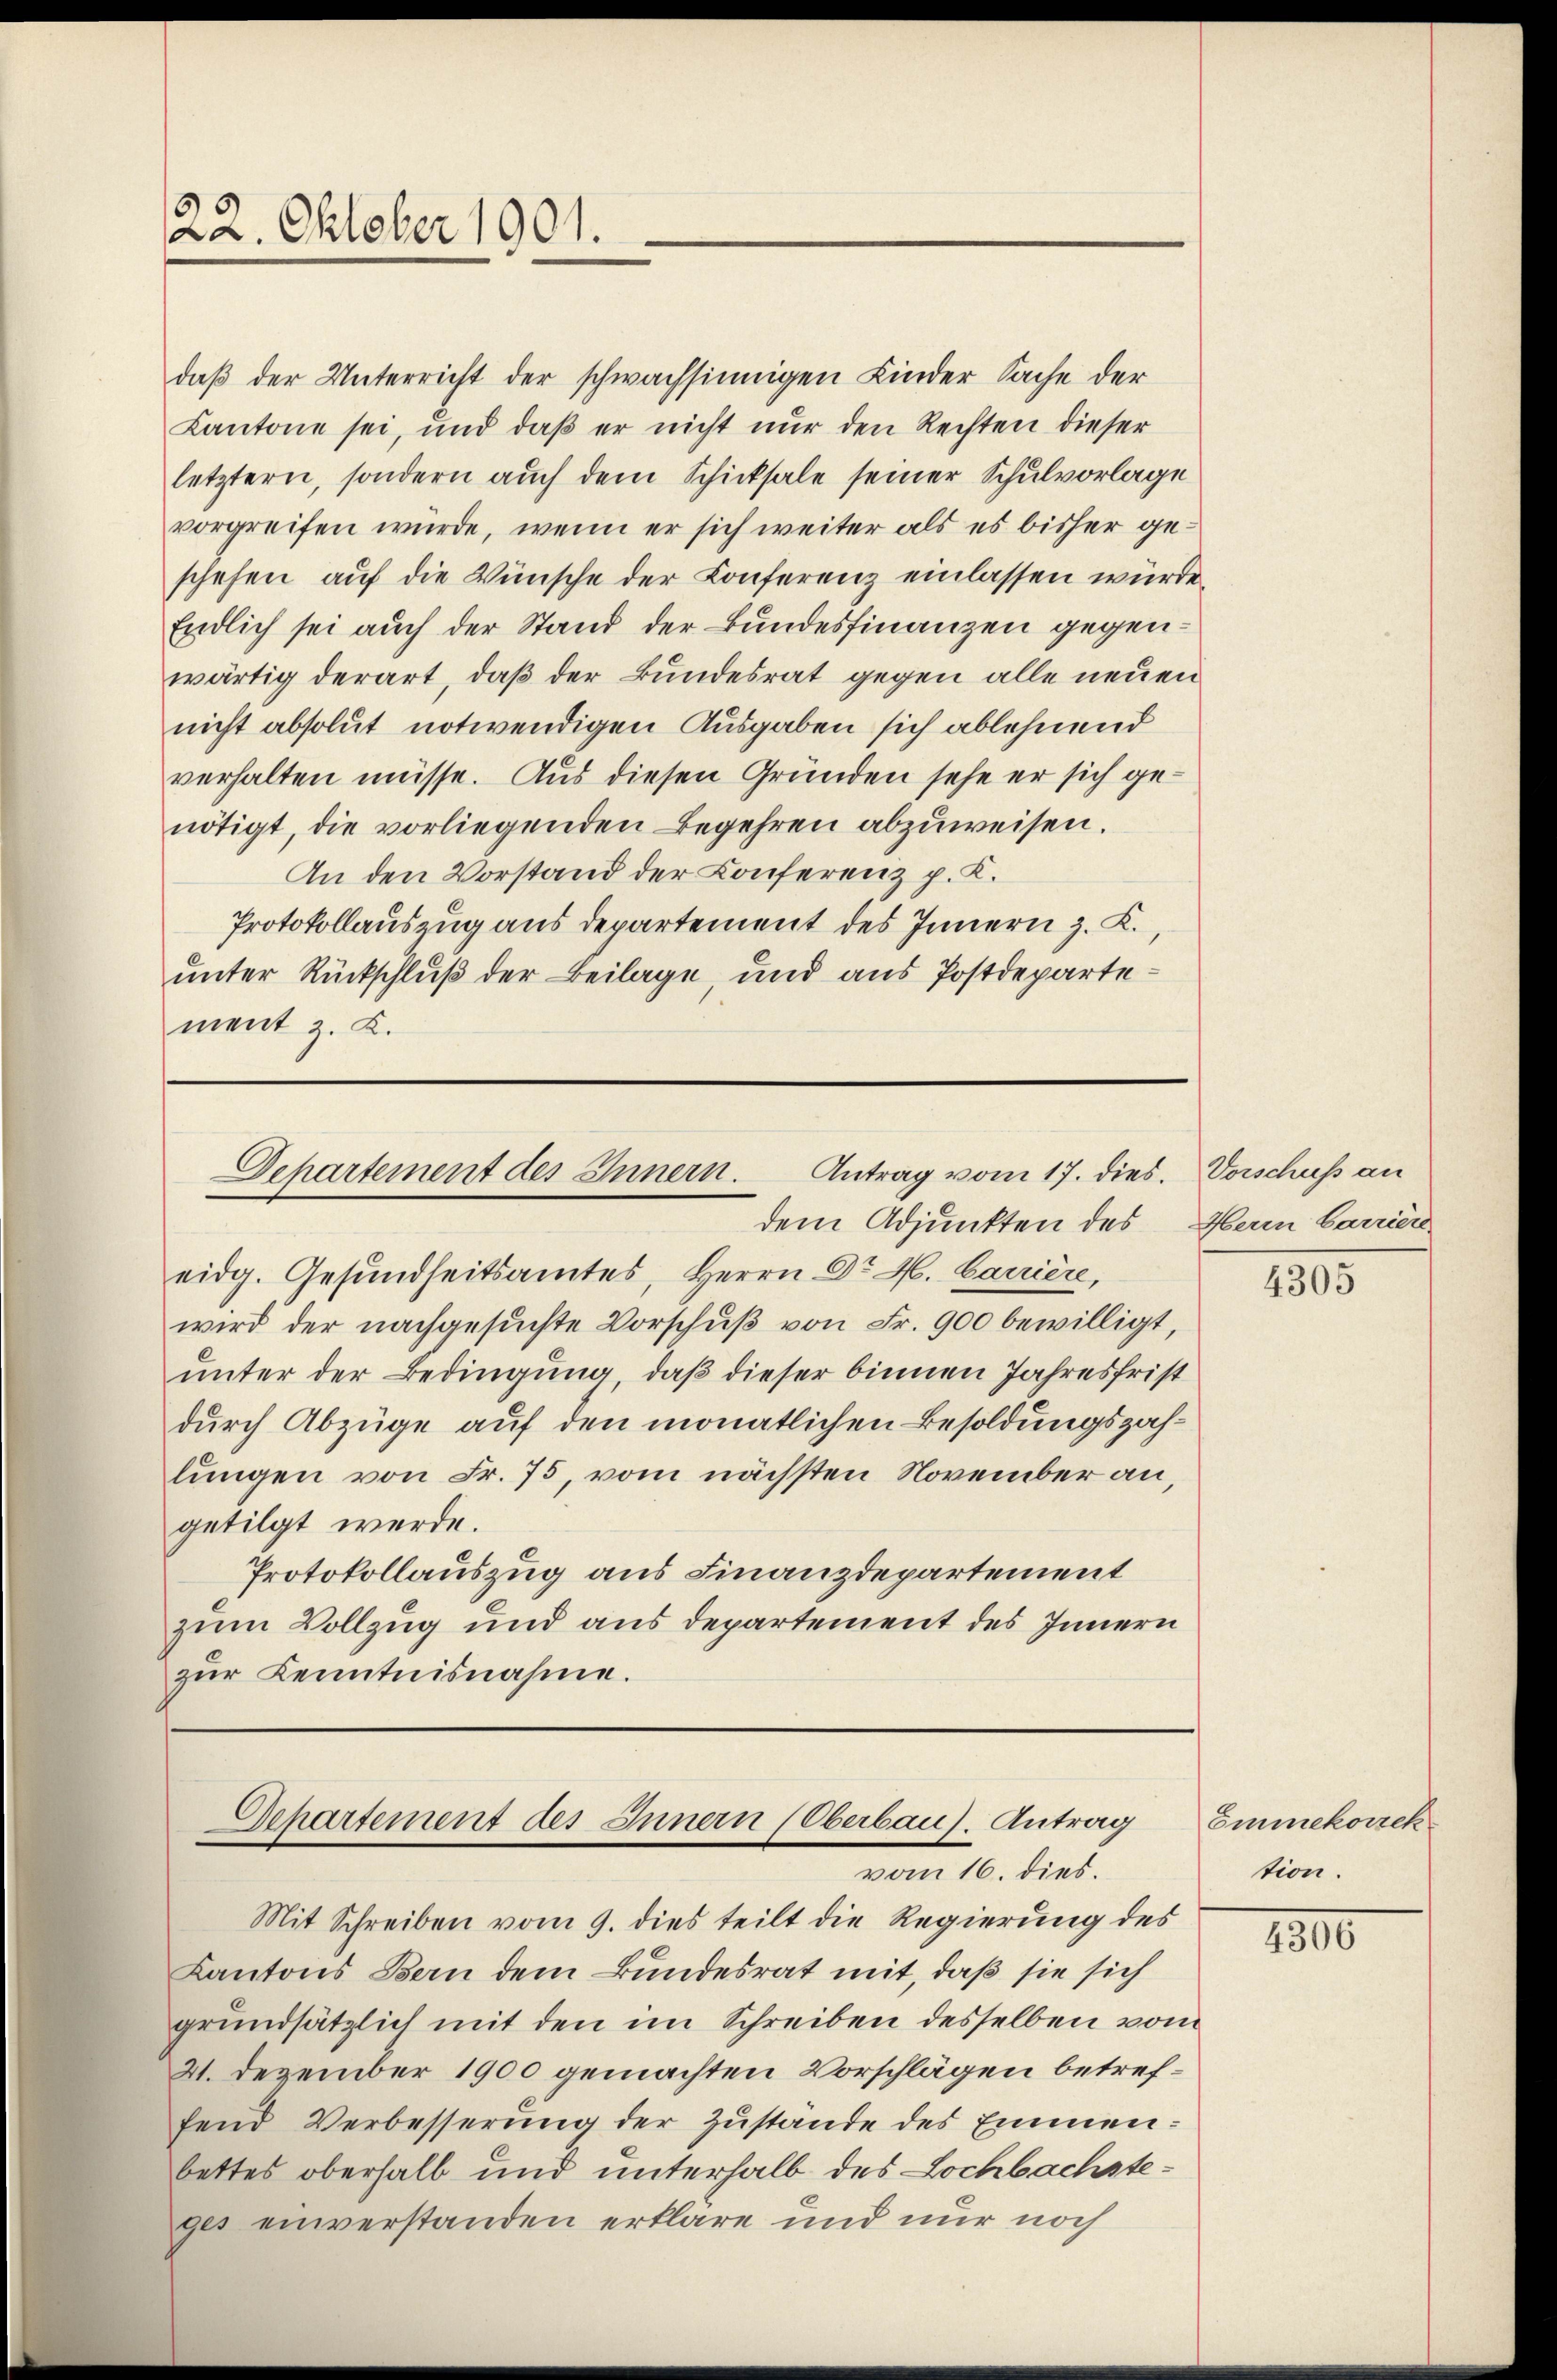
22. Oktober 1901.

daβ der Unterricht der schwachsinnigen Kinder Sache der
Kantone sei, und daβ er nicht nur den Rechten dieser
letztern, sondern auch dem Schicksale seiner Schulvorlage
vorgreifen wurde, wenn er sich weiter als es bisher geschehen auf die Wünsche der Konferenz einlassen würde.
Endlich sei auch der Stand der Bundesfinanzen gegenwärtig derart, daß der Bundesrat gegen alle neuen
nicht absolut notwendigen Ausgaben sich ablehnend
verhalten müsse. Aus diesen Gründen sehe er sich ge-
nötigt, die vorliegenden Begehren abzuweisen.
An den Vorstand der Conferenz p. K.
Protokollauszug aus departement des Innern z. K.,
unter Rückschluß der Beilage, und aus Postdepartement z. K.

Departement des Innern. Antrag vom 17. dies.
dem Adjunkten des Herm barriere

Sehartement des Innern (Oberbaus. Antrag
vom 16. dies.

Mit Schreiben vom 9. dies teilt die Regierung des
Kantons Bern dem Bundesrat mit, daß sie sich
grundsätzlich mit den im Schreiben desselben vom
41. Dezember 1900 gemachten Vorschlägen betreffend Verbesserung der Zustände des Emmenbettes oberhalb und unterhalb des Lochbachsteges einverstanden erkläre und nur noch

eidg. Gesundheitsamtes, Herrn Dr. H. Carrière,
wird der nachgesŭchte Vorschŭβ von Fr. 900 bewilligt,
unter der Bedingung, daß dieser binnen Jahresfrist
durch Abzüge auf den monatlichen Besoldungszahlungen von Fr. 75, vom nächsten November an,
getilgt werde.
Protokollauszug aus Finanzdepartement
zum Vollzug und aus departement des Innern
zŭr Kenntnisnahme.

Vorschuss an

4305

Emmekorrek
tion.

4306